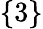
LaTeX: \{ 3\}